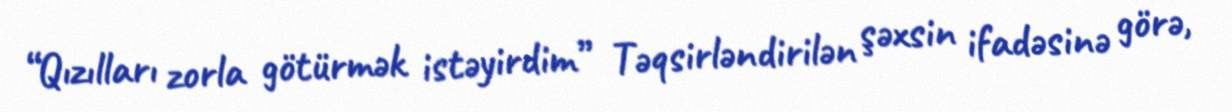
“Qızılları zorla götürmək istəyirdim” Təqsirləndirilən şəxsin ifadəsinə görə,